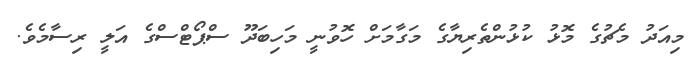
މިއަދު މެޗުގެ މޮޅު ކުޅުންތެރިޔާގެ މަގާމަށް ހޮވުނީ މަހިބަދޫ ސްޕޯޓްސްގެ އަލީ ރިސާމެވެ.